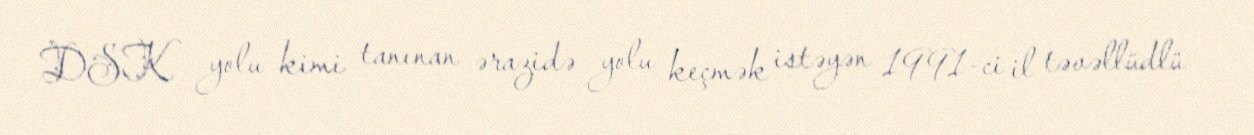
DSK yolu kimi tanınan ərazidə yolu keçmək istəyən 1991-ci il təvəllüdlü